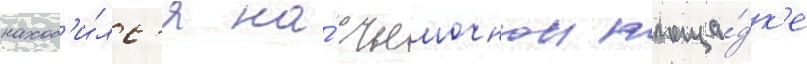
наход'и́лс'я на́ съемочнои площа́дк'е